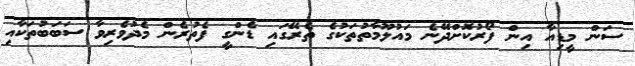
ސަން މީޑިއާ އިން ފޯރުކޮށްދޭނެ މައުލޫމާތުތަކުގެ ތެރޭގައި ޑެންގީ ފެތުރެން މެދުވެރިވާ ސަބަބުތަކާއި